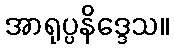
အာရုပ္ပနိဒ္ဒေသ။